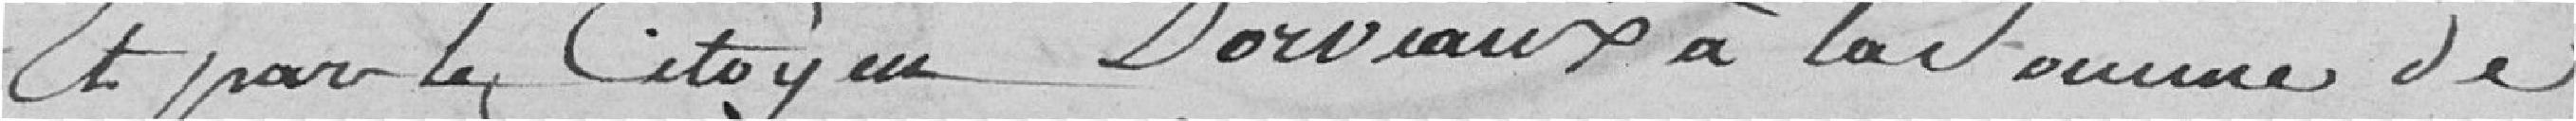
Et par le Citoyen Dorvaux à la somme de